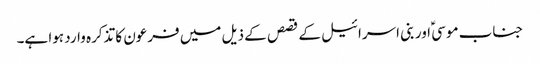
جناب موسیؑ اور بنی اسرائیل کے قصص کے ذیل میں فرعون کا تذکرہ وارد ہوا ہے۔